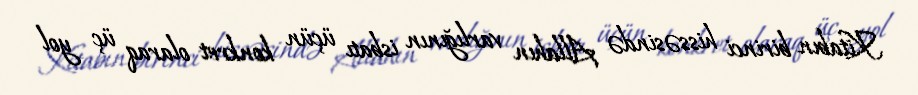
Kitabın birinci hissəsində Allahın varlığının isbatı üçün konkret olaraq üç yol